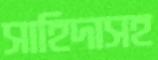
সাহিদাসহ